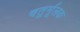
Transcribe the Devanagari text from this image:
चतुर्मूलक